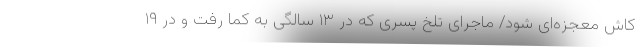
کاش معجزه‌ای شود/ ماجرای تلخ پسری که در ۱۳ سالگی به کما رفت و در ۱۹